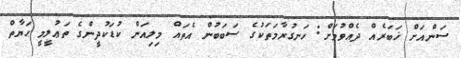
ސަންއަށް ޚަބަރެއް ދެއްވުމަށް: ހަނގުރާމަތަކުގެ ސަބަބުން އެތައް މިލިއަން ކުޑަކުދީންގެ ތަޢުލީމީ ޙަޔާތް